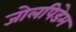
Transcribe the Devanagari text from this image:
जोलपिडेम